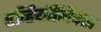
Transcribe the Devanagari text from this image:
एव्हियॉनिक्स